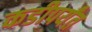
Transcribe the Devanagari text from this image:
कडीपर्यंत